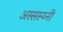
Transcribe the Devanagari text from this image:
अस्सस्य्नी